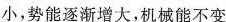
小，势能逐渐增大，机械能不变